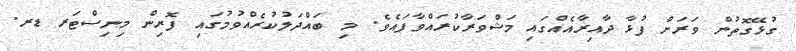
ގުޅޭގޮތުން ވަރަށް ފުޅާ ދާއިރާއެއްގައި މަޝްވަރާކުރައްވާފައެވެ. މި ބައްދަލުކުރެއްވުމުގައި ފޮރިން މިނިސްޓަރ ޑރ.